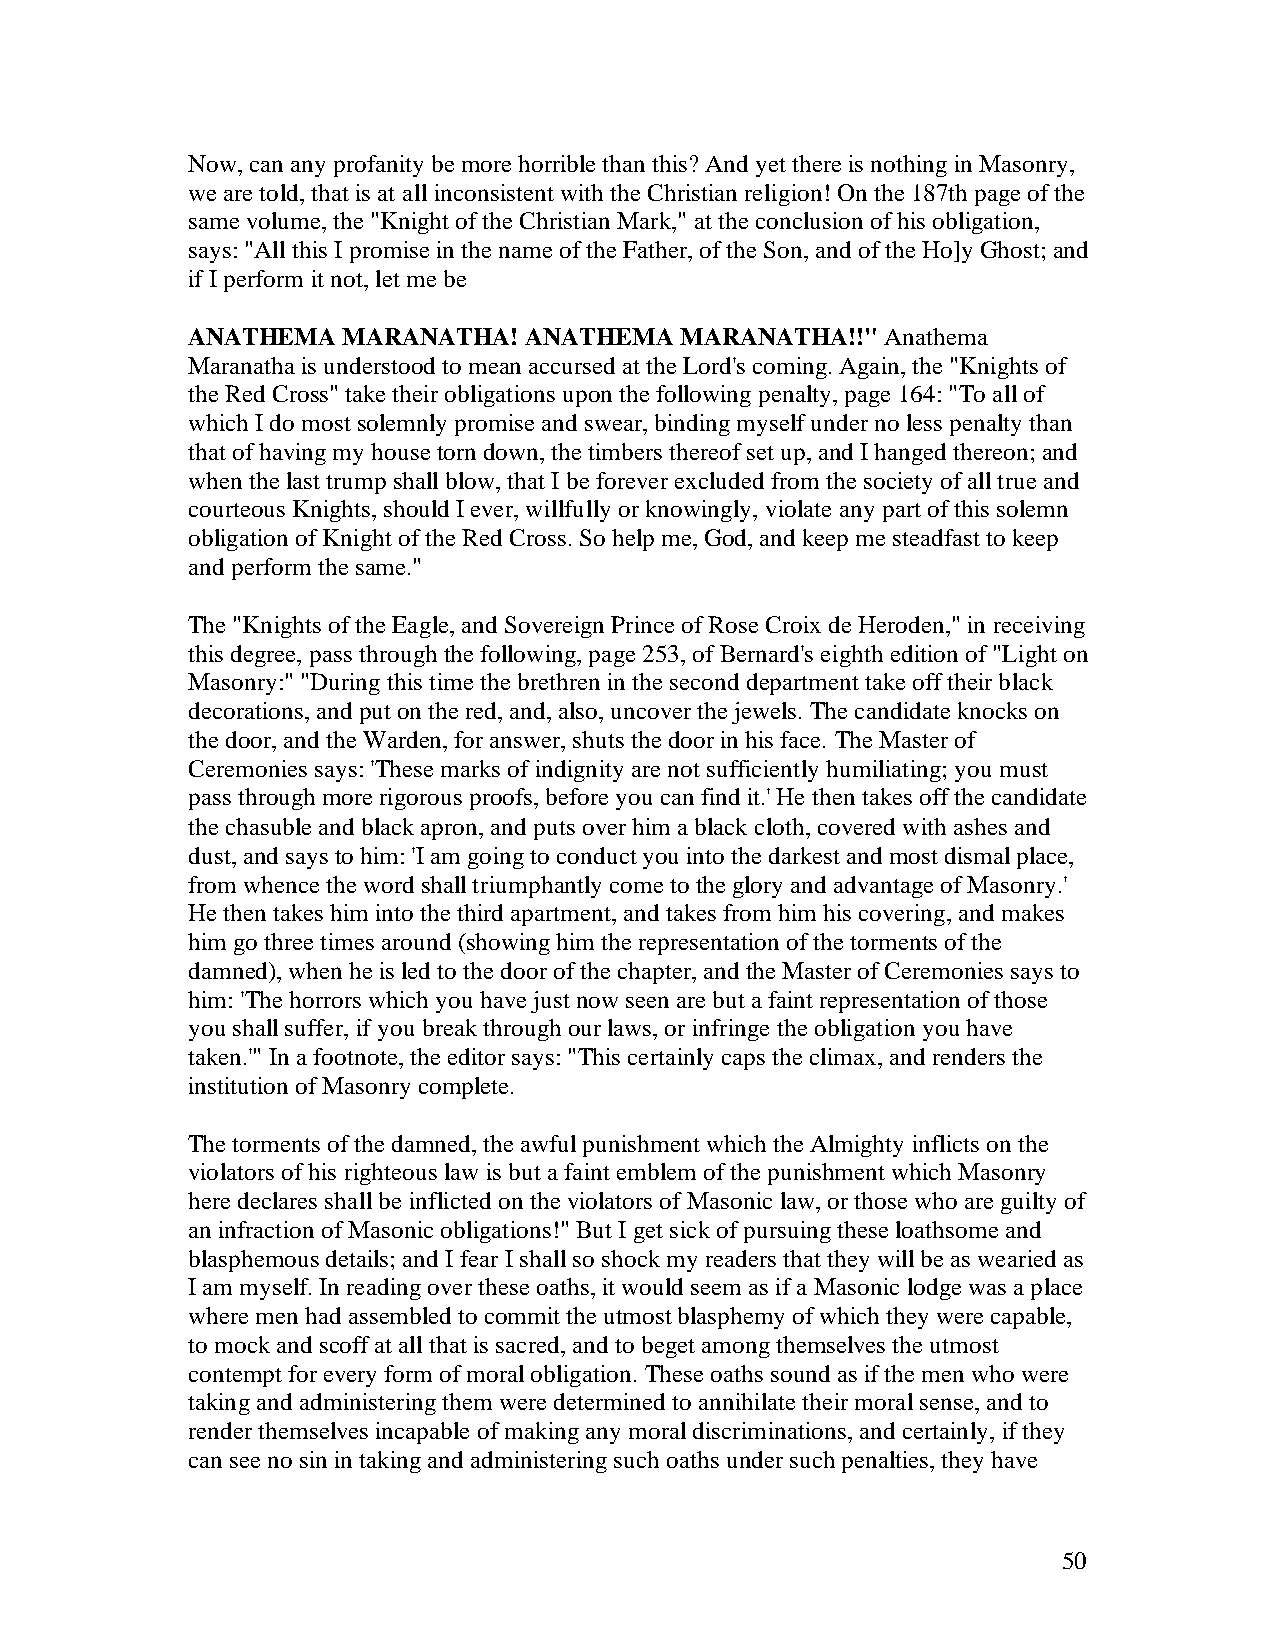
Now, can any profanity be more horrible than this? And yet there is nothing in Masonry,
 we are told, that is at all inconsistent with the Christian religion! On the 187th page of the
 same volume, the "Knight of the Christian Mark," at the conclusion of his obligation,
 says: "All this I promise in the name of the Father, of the Son, and of the Ho]y Ghost; and
 if I perform it not, let me be
 ANATHEMA   MARANATHA!  ANATHEMA  MARANATHA!!"  Anathema
 Maranatha is understood to mean accursed at the Lord's coming. Again, the "Knights of
 the Red Cross" take their obligations upon the following penalty, page 164: "To all of
 which I do most solemnly promise and swear, binding myself under no less penalty than
 that of having my house torn down, the timbers thereof set up, and I hanged thereon; and
 when the last trump shall blow, that I be forever excluded from the society of all true and
 courteous Knights, should I ever, willfully or knowingly, violate any part of this solemn
 obligation of Knight of the Red Cross. So help me, God, and keep me steadfast to keep
 and perform the same."
 The "Knights of the Eagle, and Sovereign Prince of Rose Croix de Heroden," in receiving
 this degree, pass through the following, page 253, of Bernard's eighth edition of "Light on
 Masonry:" "During this time the brethren in the second department take off their black
 decorations, and put on the red, and, also, uncover the jewels. The candidate knocks on
 the door, and the Warden, for answer, shuts the door in his face. The Master of
 Ceremonies says: 'These marks of indignity are not sufficiently humiliating; you must
 pass through more rigorous proofs, before you can find it.' He then takes off the candidate
 the chasuble and black apron, and puts over him a black cloth, covered with ashes and
 dust, and says to him: 'I am going to conduct you into the darkest and most dismal place,
 from whence the word shall triumphantly come to the glory and advantage of Masonry.'
 He then takes him into the third apartment, and takes from him his covering, and makes
 him go three times around (showing him the representation of the torments of the
 damned), when he is led to the door of the chapter, and the Master of Ceremonies says to
 him: 'The horrors which you have just now seen are but a faint representation of those
 you shall suffer, if you break through our laws, or infringe the obligation you have
 taken.'" In a footnote, the editor says: "This certainly caps the climax, and renders the
 institution of Masonry complete.
 The torments of the damned, the awful punishment which the Almighty inflicts on the
 violators of his righteous law is but a faint emblem of the punishment which Masonry
 here declares shall be inflicted on the violators of Masonic law, or those who are guilty of
 an infraction of Masonic obligations!" But I get sick of pursuing these loathsome and
 blasphemous details; and I fear I shall so shock my readers that they will be as wearied as
 I am myself. In reading over these oaths, it would seem as if a Masonic lodge was a place
 where men had assembled to commit the utmost blasphemy of which they were capable,
 to mock and scoff at all that is sacred, and to beget among themselves the utmost
 contempt for every form of moral obligation. These oaths sound as if the men who were
 taking and administering them were determined to annihilate their moral sense, and to
 render themselves incapable of making any moral discriminations, and certainly, if they
 can see no sin in taking and administering such oaths under such penalties, they have
 50